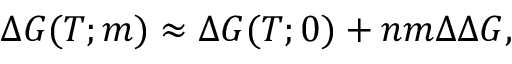
\Delta G ( T ; m ) \approx \Delta G ( T ; 0 ) + n m \Delta \Delta G ,